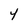
Character: 4